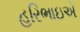
હરિભાઇએ